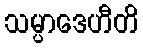
သမ္ပာဒေဟီတိ